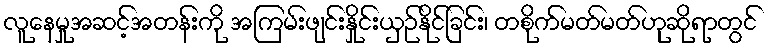
လူနေမှုအဆင့်အတန်းကို အကြမ်းဖျင်းနှိုင်းယှဉ်နိုင်ခြင်း၊ တစိုက်မတ်မတ်ဟုဆိုရာတွင်